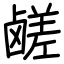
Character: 鹾